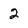
Character: 2